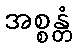
အစ္စန္တံ